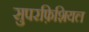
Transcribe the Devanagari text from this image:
सुपरफ़िशियल